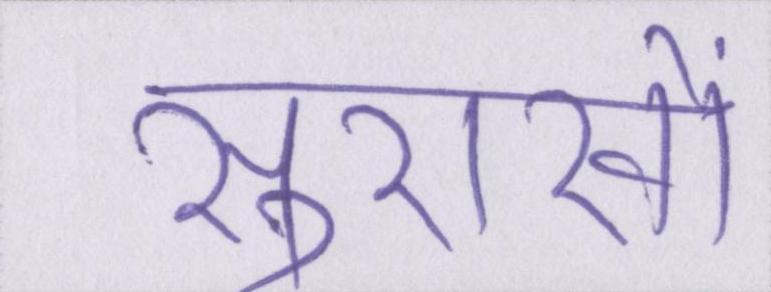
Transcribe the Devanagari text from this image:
सुराखों